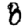
Digit: 8